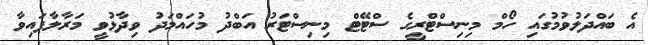
އެ ބައްދަލުވުމުގައި ހޯމް މިނިސްޓްރީގެ ސްޓޭޓް މިނިސްޓަރު އަބްދު މުހައްމަދު ވިދާޅުވީ މަރާލާފައިވާ